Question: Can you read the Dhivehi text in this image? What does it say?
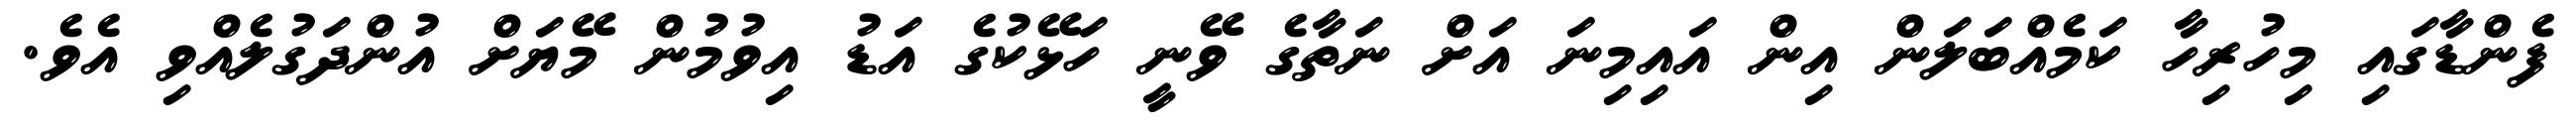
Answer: ފެންޑާގައި މިހުރިހާ ކަމެއްބަލަން އިން އައިމިނަ އަށް ނަތާގެ ވޭނީ ހަޅޭކުގެ އަޑު އިވުމުން މޭޔަށް އުންދަގުލެއްވި އެވެ.